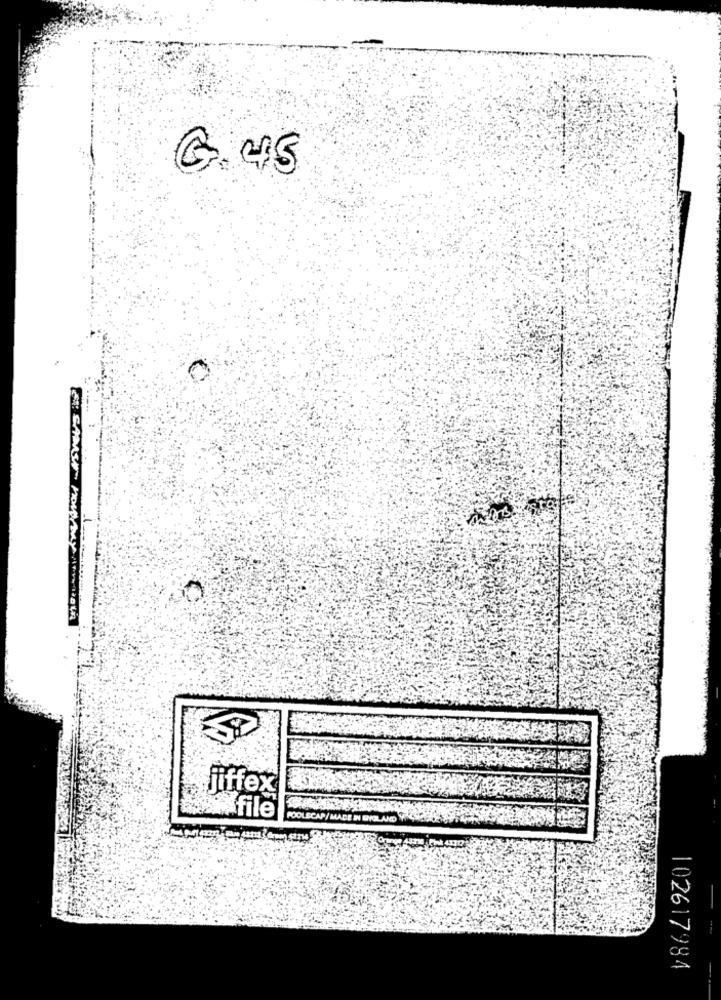
G. 45
-1
jiffex
X
file
102617984